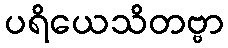
ပရိယေသိတဗ္ဗာ